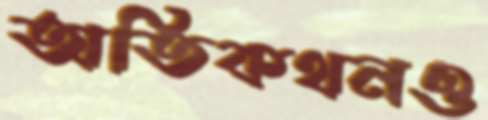
অতিকথনও